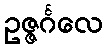
ဥဇ္ဇင်္ဂလေ